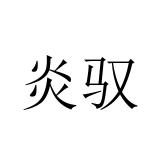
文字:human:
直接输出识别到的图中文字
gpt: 炎驭